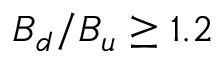
B _ { d } / B _ { u } \geq 1 . 2